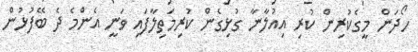
ހޯދަން މީގެކުރިން ކުރި އިއުލާނާ ގުޅިގެން ކުރިމަތިލާފައި ވަނީ އެންމެ ދެ ބޭފުޅުން